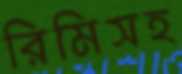
রিমিসহ